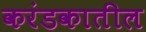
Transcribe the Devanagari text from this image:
करंडकातील